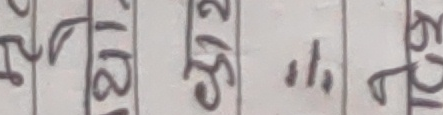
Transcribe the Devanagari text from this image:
२७ ३५ ।। ७२